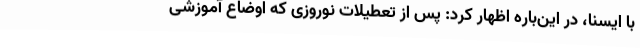
با ایسنا، در این‌باره اظهار کرد: پس از تعطیلات نوروزی که اوضاع آموزشی